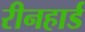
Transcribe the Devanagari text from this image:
रीनहार्ड